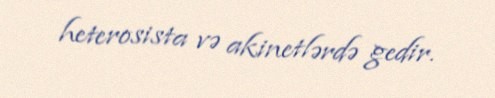
heterosista və akinetlərdə gedir.